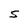
Character: S